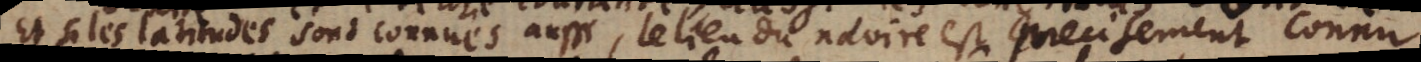
Et si les latitudes sont connües aussi, le lieu du navire est precisement connu